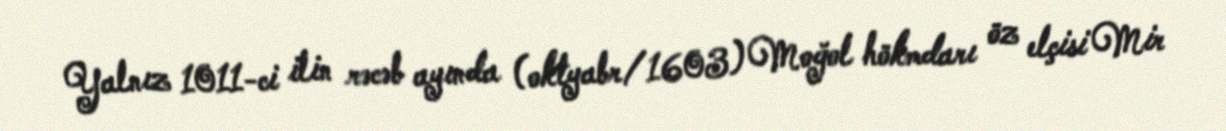
Yalnız 1011-ci ilin rəcəb ayında (oktyabr/1603) Moğol hökmdarı öz elçisi Mir